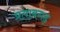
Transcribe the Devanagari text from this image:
प्रताबगढ़